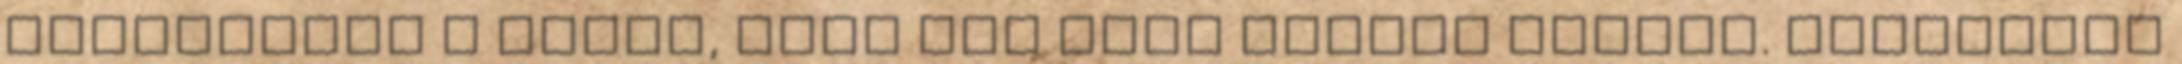
krumplihoz a levet, mert így lesz krémes állagú. Időközben